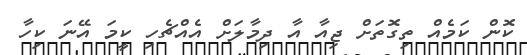
ކޮން ކަމެއް ތިގޮތަށް ޖިއާ އާ ދިމާލަށް އެއްޗެހި ކީމަ އޭނަ ކިހާ